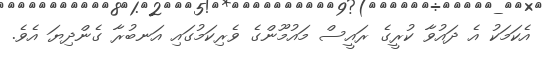
އެކަމަކު އެ ދައުވާ ކުރީގެ ރައީސް މައުމޫންގެ ވެރިކަމުގައި އަނބުރާ ގެންދިޔަ އެވެ.